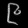
Digit: ၉